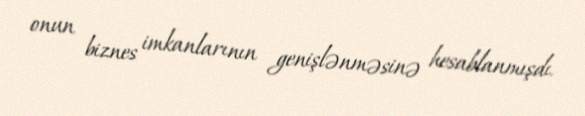
onun biznes imkanlarının genişlənməsinə hesablanmışdı.